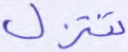
تتنزل